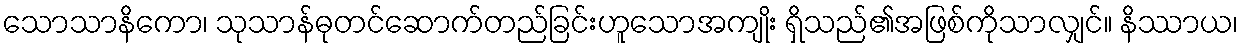
သောသာနိကော၊ သုသာန်ဓုတင်ဆောက်တည်ခြင်းဟူသောအကျိုး ရှိသည်၏အဖြစ်ကိုသာလျှင်။ နိဿာယ၊